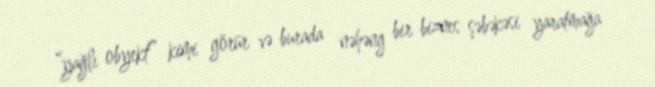
“yağlı obyekt” kimi görür və burada nəhəng bir biznes şəbəkəsi yaratmağa